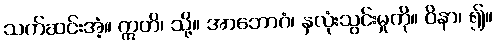
သက်ဆင်းအံ့။ ဣတိ၊ သို့။ အာဘောဂံ၊ နှလုံးသွင်းမှုကို။ ဝိနာ၊ ၍။